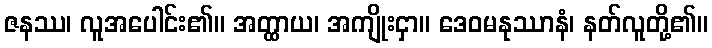
ဇနဿ၊ လူအပေါင်း၏။ အတ္ထာယ၊ အကျိုးငှာ။ ဒေဝမနုဿာနံ၊ နတ်လူတို့၏။